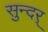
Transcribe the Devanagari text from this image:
सुन्दर्